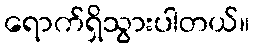
ရောက်ရှိသွားပါတယ်။